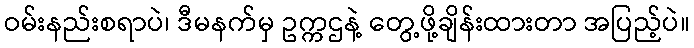
ဝမ်းနည်းစရာပဲ၊ ဒီမနက်မှ ဥက္ကဌနဲ့ တွေ့ဖို့ချိန်းထားတာ အပြည့်ပဲ။